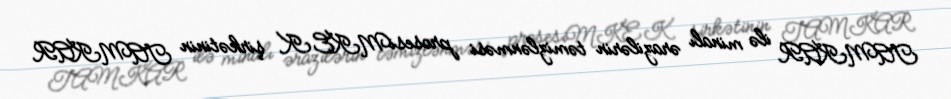
TAMKAR ilə minalı ərazilərin təmizlənməsi prosesiMKEK şirkətinin TAMKAR